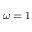
\omega = 1